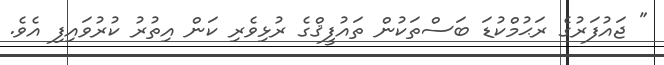
" ޖައުފަރުގެ ރަޙުމްކުޑަ ބަސްތަކުން ތައުފީޤްގެ ރުޅިވެރި ކަން އިތުރު ކުރުވައިފި އެވެ.